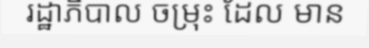
រដ្ឋាភិបាល ចម្រុះ ដែល មាន